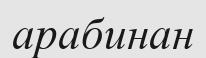
арабинан